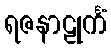
ရဇနာဠုင်္ကံ